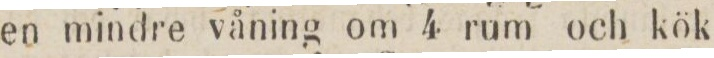
en mindre våning om 4 rum och kök